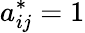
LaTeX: a_{ij}^{*}=1